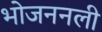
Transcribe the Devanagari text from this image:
भोजननली